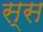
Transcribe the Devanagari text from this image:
स्स